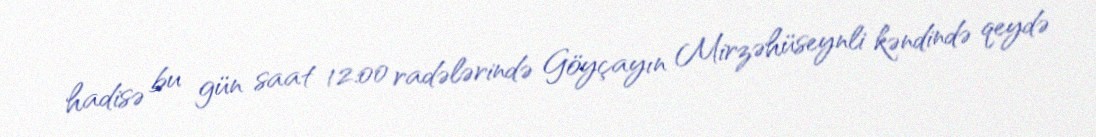
hadisə bu gün saat 12:00 radələrində Göyçayın Mirzəhüseynli kəndində qeydə